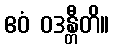
ဧဝံ ဝဒန္တီတိ။